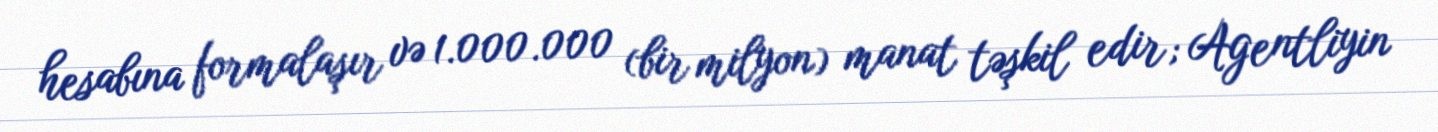
hesabına formalaşır və 1.000.000 (bir milyon) manat təşkil edir; Agentliyin